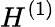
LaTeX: H^{(1)}